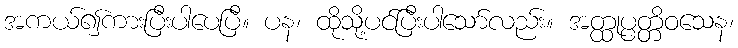
အကယ်၍ကားပြီးပါပေပြီ။ ပန၊ ထိုသို့ပင်ပြီးပါသော်လည်း။ အတ္ထုပ္ပတ္တိဝသေန၊